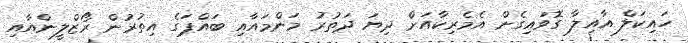
ހައިކަލް އާއިލާ ގޮވައިގެން އެމެރިކާއަށް ދިޔަ ދަތުރު މަންމައާއި ބައްޕަގެ އިތުރުން ރޯޒްލީންއާއި